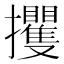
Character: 攫